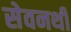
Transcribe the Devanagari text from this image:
सेवनथी